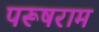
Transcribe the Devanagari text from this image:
परूषराम